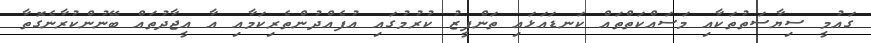
ގައުމީ ސިޔާސަތުތަކާއި މަސައްކަތްތައް ކަނޑައަޅައި ތަންފީޒު ކުރުމުގައި އުފެއްދުންތެރިކަމާއި އާ އީޖާދުތައް ބޭނުންކުރާނެގޮތާ